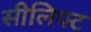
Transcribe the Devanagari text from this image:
सीलिफ्ट